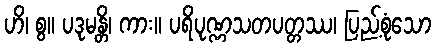
ဟိ၊ စွ။ ပဒုမန္တိ၊ ကား။ ပရိပုဏ္ဏသတပတ္တဿ၊ ပြည့်စုံသော